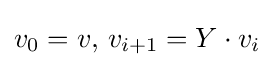
v_{0}=v,\,v_{i+1}=Y\cdot v_{i}